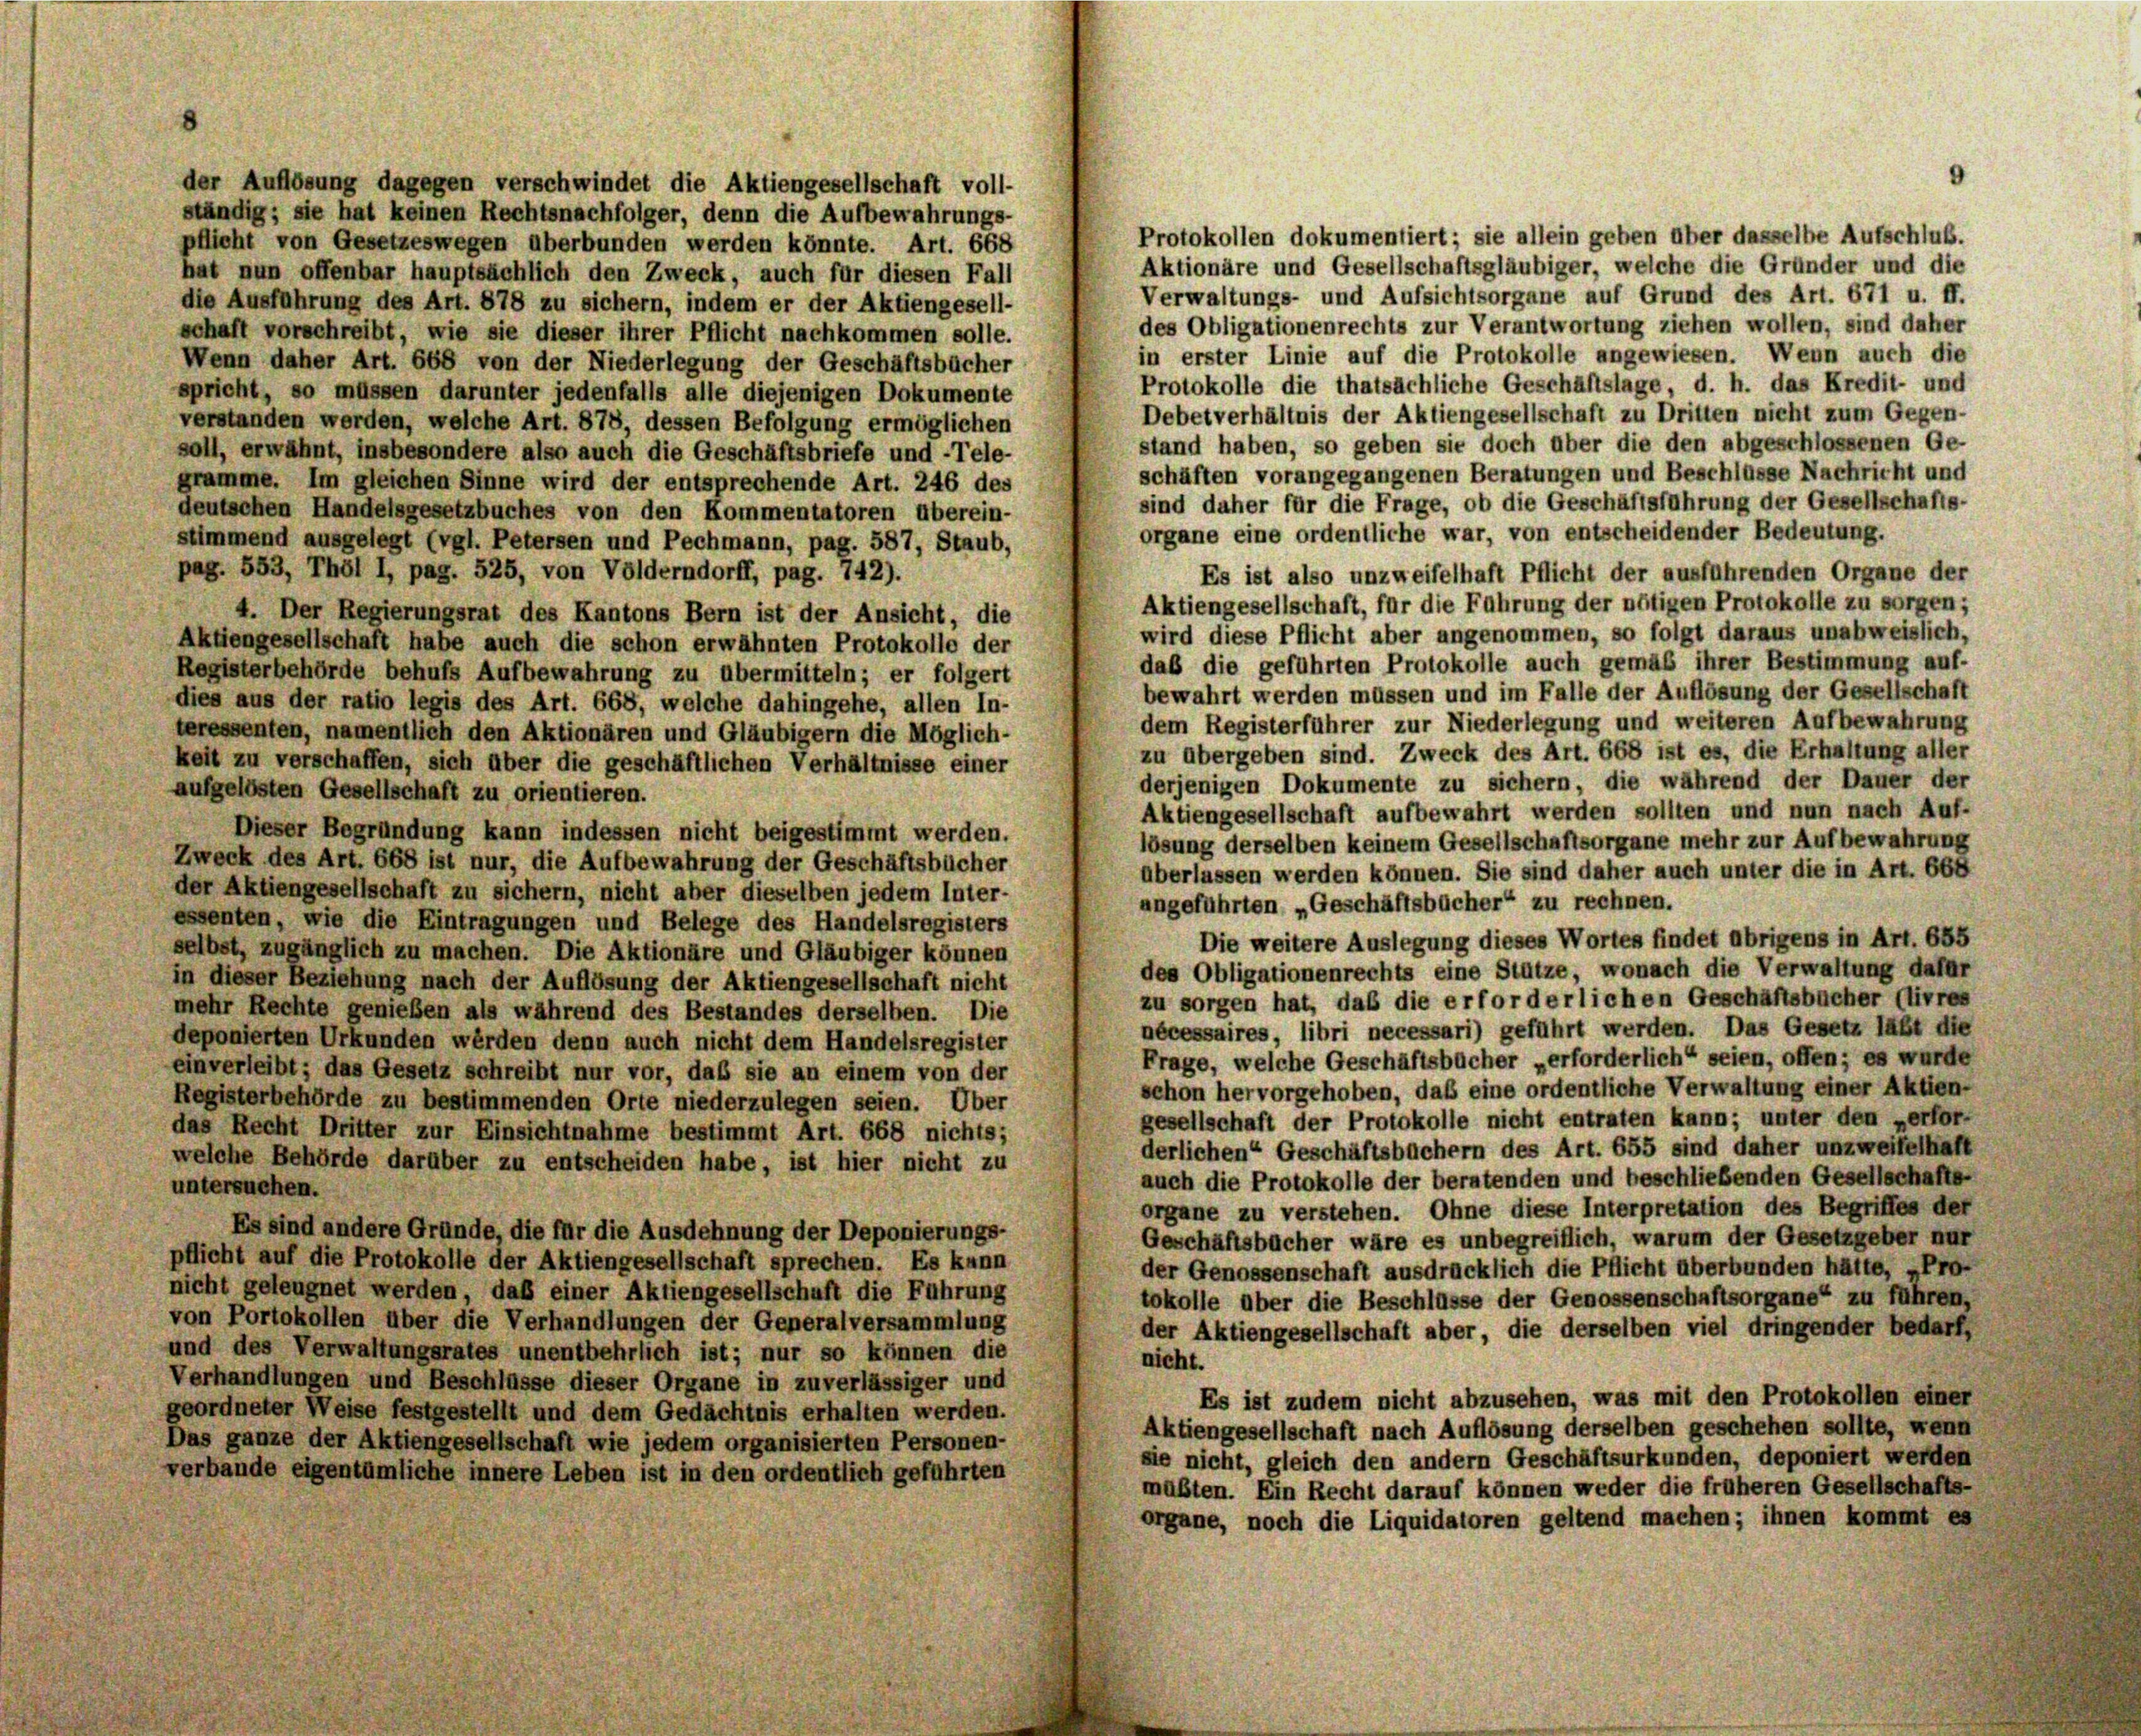
ständig; sie hat keinen Rechtsnachfolger, denn die Aufbewahrungs-
pflicht von Gesetzeswegen überbunden werden könnte. Art. 668
hat nun offenbar hauptsächlich den Zweck, auch für diesen Fall
die Ausführung des Art. 878 zu sichern, indem er der Aktiengesell-
schaft vorschreibt, wie sie dieser ihrer Pflicht nachkommen solle.
Wenn daher Art. 668 von der Niederlegung der Geschäftsbücher
spricht, so müssen darunter jedenfalls alle diejenigen Dokumente
verstanden werden, welche Art. 878, dessen Befolgung ermöglichen
soll, erwähnt, insbesondere also auch die Geschäftsbriefe und -Tele-
gramme. Im gleichen Sinne wird der entsprechende Art. 246 des
deutschen Handelsgesetzbuches von den Kommentatoren überein-
stimmend ausgelegt (vgl. Petersen und Pechmann, pag. 587, Staub,
pag. 553, Thöl I, pag. 525, von Völderndorff, pag. 742).
4. Der Regierungsrat des Kantons Bern ist der Ansicht, die
Aktiengesellschaft habe auch die schon erwähnten Protokolle der
Registerbehörde behufs Aufbewahrung zu übermitteln; er folgert
dies aus der ratio legis des Art. 668, welche dahingehe, allen In-
teressenten, namentlich den Aktionären und Gläubigern die Möglich-
keit zu verschaffen, sich über die geschäftlichen Verhältnisse einer
aufgelösten Gesellschaft zu orientieren.
Dieser Begründung kann indessen nicht beigestimmt werden.
Zweck des Art. 668 ist nur, die Aufbewahrung der Geschäftsbücher
der Aktiengesellschaft zu sichern, nicht aber dieselben jedem Inter-
essenten, wie die Eintragungen und Belege des Handelsregisters
selbst, zugänglich zu machen. Die Aktionäre und Gläubiger können
in dieser Beziehung nach der Auflösung der Aktiengesellschaft nicht
mehr Rechte genießen als während des Bestandes derselben. Die
nécessaires, libri necessari) geführt werden. Das Gesetz lebt die
deponierten Urkunden werden denn auch nicht dem Handelsregister
Frage, welche Geschäftsbücher „erforderlich“ seien, offen; es wurde
einverleibt; das Gesetz schreibt nur vor, daß sie an einem von der
schon hervorgehoben, daß eine ordentliche Verwaltung einer Aktien-
Registerbehörde zu bestimmenden Orte niederzulegen seien. Über
gesellschaft der Protokolle nicht entraten kann; unter den verfor-
das Recht Dritter zur Einsichtnahme bestimmt Art. 668 nichts;
derlichen Geschäftsbüchern des Art. 655 sind daher unzweifelhaft
welche Behörde darüber zu entscheiden habe, ist hier nicht zu
auch die Protokolle der beratenden und beschließenden Gesellschafts-
untersuchen.
organe zu verstehen. Ohne diese Interpretation des Begriffes der
Es sind andere Gründe, die für die Ausdehnung der Deponierungs-
Geschäftsbücher wäre es unbegreiflich, warum der Gesetzgeber nur
pflicht auf die Protokolle der Aktiengesellschaft sprechen. Es kann
der Genossenschaft ausdrücklich die Pflicht überbunden hätte, „Pro-
nicht geleugnet werden, daß einer Aktiengesellschaft die Führung
tokolle über die Beschlüsse der Genossenschaftsorgane“ zu führen,
von Portokollen über die Verhandlungen der Generalversammlung
der Aktiengesellschaft aber, die derselben viel dringender bedarf,
und des Verwaltungsrates unentbehrlich ist; nur so können die
nicht.
Verhandlungen und Beschlüsse dieser Organe in zuverlässiger und
Es ist zudem nicht abzusehen, was mit den Protokollen einer
geordneter Weise festgestellt und dem Gedächtnis erhalten werden.
Aktiengesellschaft nach Auflösung derselben geschehen sollte, wenn
Das ganze der Aktiengesellschaft wie jedem organisierten Personen-
sie nicht, gleich den andern Geschäftsurkunden, deponiert werden
verbande eigentümliche innere Leben ist in den ordentlich geführten
maßten. Ein Recht darauf können weder die früheren Gesellschafts-
organe, noch die Liquidatoren geltend machen; ihnen kommt es

der Auflösung dagegen verschwindet die Aktiengesellschaft voll-

Protokollen dokumentiert; sie allein geben über dasselbe Aufschluß.
Aktionäre und Gesellschaftsgläubiger, welche die Gründer und die
Verwaltungs- und Aufsichtsorgane auf Grund des Art. 671 u. ff.
des Obligationenrechts zur Verantwortung ziehen wollen, sind daher
in erster Linie auf die Protokolle angewiesen. Wenn auch die
Protokolle die thatsächliche Geschäftslage, d. h. das Kredit- und
Debetverhältnis der Aktiengesellschaft zu Dritten nicht zum Gegen-
stand haben, so geben sie doch über die den abgeschlossenen Ge-
schäften vorangegangenen Beratungen und Beschlüsse Nachricht und
sind daher für die Frage, ob die Geschäftsführung der Gesellschafts-
organe eine ordentliche war, von entscheidender Bedeutung.
Es ist also unzweifelhaft Pflicht der ausführenden Organe der
Aktiengesellschaft, für die Führung der nötigen Protokolle zu sorgen;
wird diese Pflicht aber angenommen, so folgt daraus unabweislich,
daß die geführten Protokolle auch gemäß ihrer Bestimmung auf-
bewahrt werden müssen und im Falle der Auflösung der Gesellschaft
dem Registerführer zur Niederlegung und weiteren Aufbewahrung
zu übergeben sind. Zweck des Art. 668 ist es, die Erhaltung aller
derjenigen Dokumente zu sichern, die während der Dauer der
Aktiengesellschaft aufbewahrt werden sollten und nun nach Auf-
lösung derselben keinem Gesellschaftsorgane mehr zur Aufbewahrung
überlassen werden können. Sie sind daher auch unter die in Art. 664
angeführten „Geschäftsbücher“ zu rechnen.
Die weitere Auslegung dieses Wortes findet übrigens in Art. 655
des Obligationenrechts eine Stütze, wonach die Verwaltung dafür
zu sorgen hat, daß die erforderlichen Geschäftsbucher (Livres